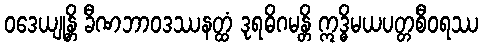
ဝဒေယျုန္တိ ခီဏဘာဝဒဿနတ္ထံ ဒုရဓိဂမန္တိ ဣဒ္ဓိမယပတ္တစီဝရဿ